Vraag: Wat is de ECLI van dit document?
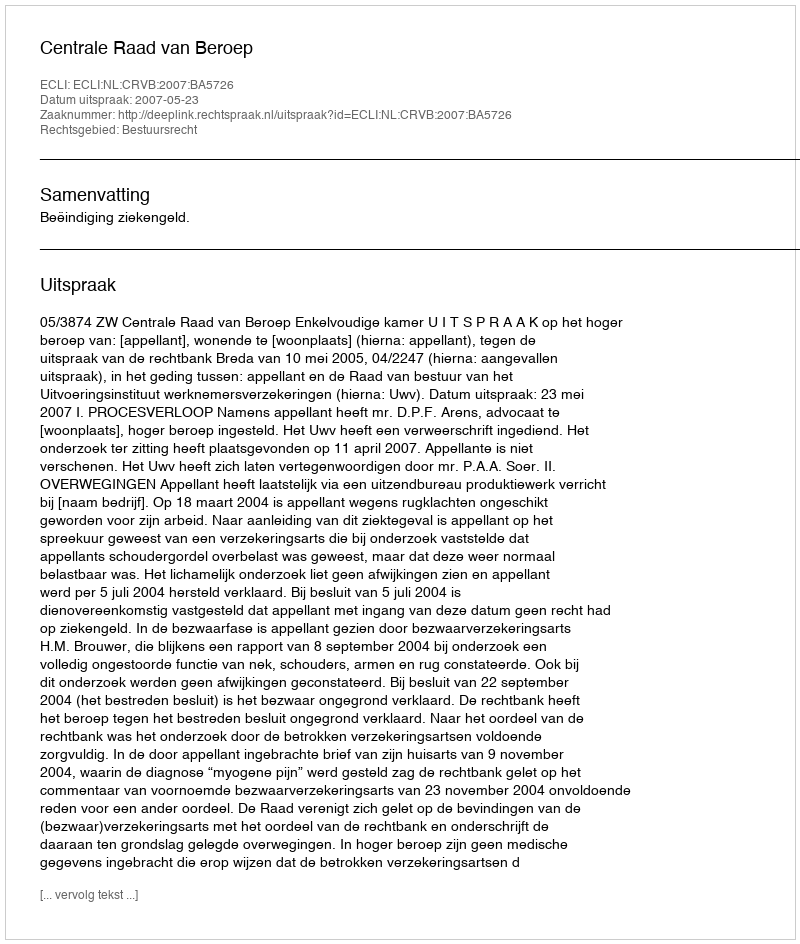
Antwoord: ECLI:NL:CRVB:2007:BA5726